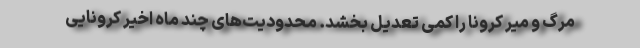
مرگ و میر کرونا را کمی تعدیل بخشد. محدودیت‌های چند ماه اخیر کرونایی